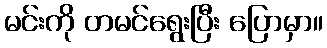
မင်းကို တမင်ရွေးပြီး ပြောမှာ။